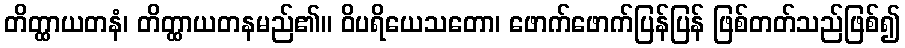
တိတ္ထာယတနံ၊ တိတ္ထာယတနမည်၏။ ဝိပရိယေသတော၊ ဖောက်ဖောက်ပြန်ပြန် ဖြစ်တတ်သည်ဖြစ်၍